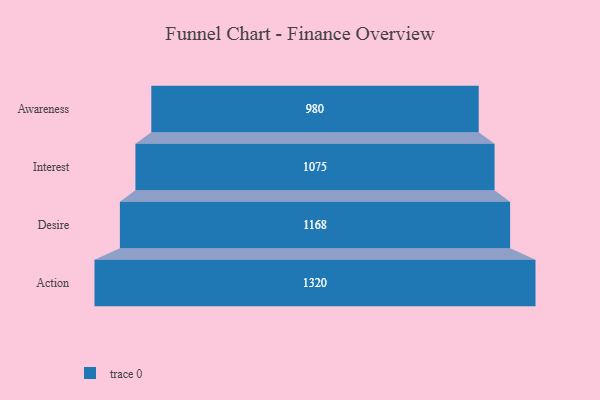
{"axis": {"x": "Stage", "y": "Value"}, "legend": [""], "data": [{"x": "Awareness", "y": 980.0, "type": ""}, {"x": "Interest", "y": 1075.0, "type": ""}, {"x": "Desire", "y": 1168.0, "type": ""}, {"x": "Action", "y": 1320.0, "type": ""}]}